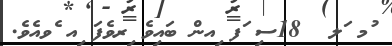
ުމ ަލ  18ސި ަފ ިއން ބައިވެ ިރވެފަ ިއ ެވއެވެ.